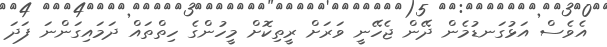
އެވެސް އަޅުގަނޑުމެން ދޭން ޖެހޭނީ ވަރަށް ރީތިކޮށް މީހުންގެ ހިތްތައް ދަމައިގަންނަ ފަދަ